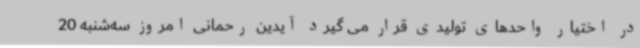
در اختیار واحدهای تولیدی قرار می گیرد آیدین رحمانی امروز سه‌شنبه 20